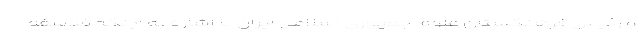
و رئیس فرهنگستان علوم جمهوری اسلامی ایران با اشاره به اینکه فلاسفه